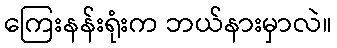
ကြေးနန်းရုံးက ဘယ်နားမှာလဲ။